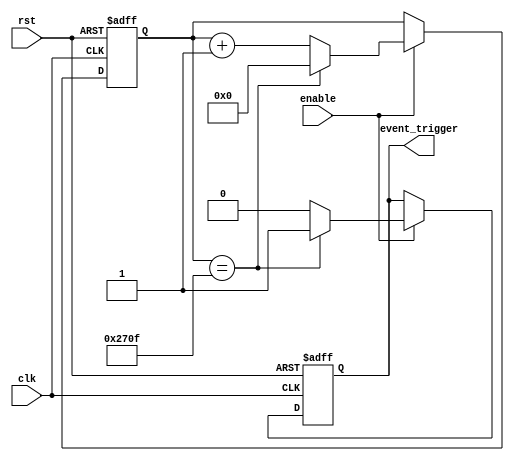
module event_timer(
    input wire clk,
    input wire rst,
    input wire enable,
    output reg event_trigger
);

reg [15:0] counter;

always @ (posedge clk or posedge rst) begin
    if (rst) begin
        counter <= 16'b0;
        event_trigger <= 1'b0;
    end else begin
        if (enable) begin
            counter <= counter + 1;
            if (counter == 16'd9999) begin
                event_trigger <= 1'b1;
                counter <= 16'b0;
            end else begin
                event_trigger <= 1'b0;
            end
        end
    end
end

endmodule